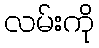
လမ်းကို